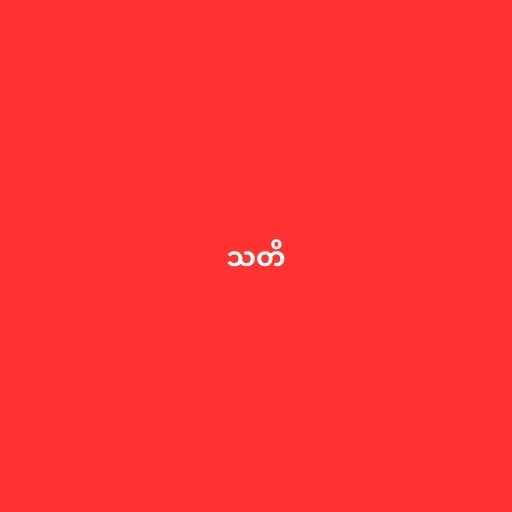
သတိ